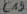
Text: C15